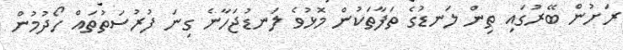
ރަށުން ބޭރުގައި ތިން ލަނޑުގެ ތަފާތަކުން މޮޅުވެ ލަނޑުޖަހާނެ ގިނަ ފުރުސަތުތައް ހޯދުމުން